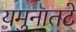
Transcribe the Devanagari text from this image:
यमुनातटे